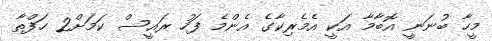
މީހާ ބުނަނީ އޮބާމާ އަކީ އެމެރިކާގެ އެންމެ ފަހު ރައީސް ކަމަށް2 ހަފްތާ